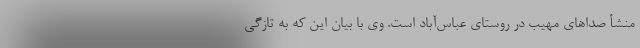
منشأ صداهای مهیب در روستای عباس‌آباد است. وی با بیان این‌ که به تازگی